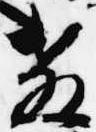
教